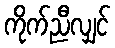
ကိုက်ညီလျှင်